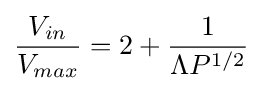
{\frac {V_{in}}{V_{max}}}=2+{\frac {1}{\Lambda P^{1/2}}}